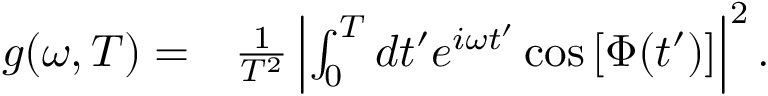
\begin{array} { r l } { g ( \omega , T ) = } & { { } \frac { 1 } { T ^ { 2 } } \left| \int _ { 0 } ^ { T } d t ^ { \prime } e ^ { i \omega t ^ { \prime } } \cos \left[ \Phi ( t ^ { \prime } ) \right] \right| ^ { 2 } . } \end{array}